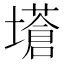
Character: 𡒝